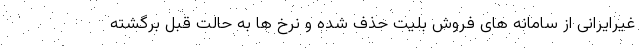
غیرایرانی از سامانه های فروش بلیت حذف شده و نرخ ها به حالت قبل برگشته